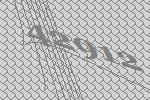
42912